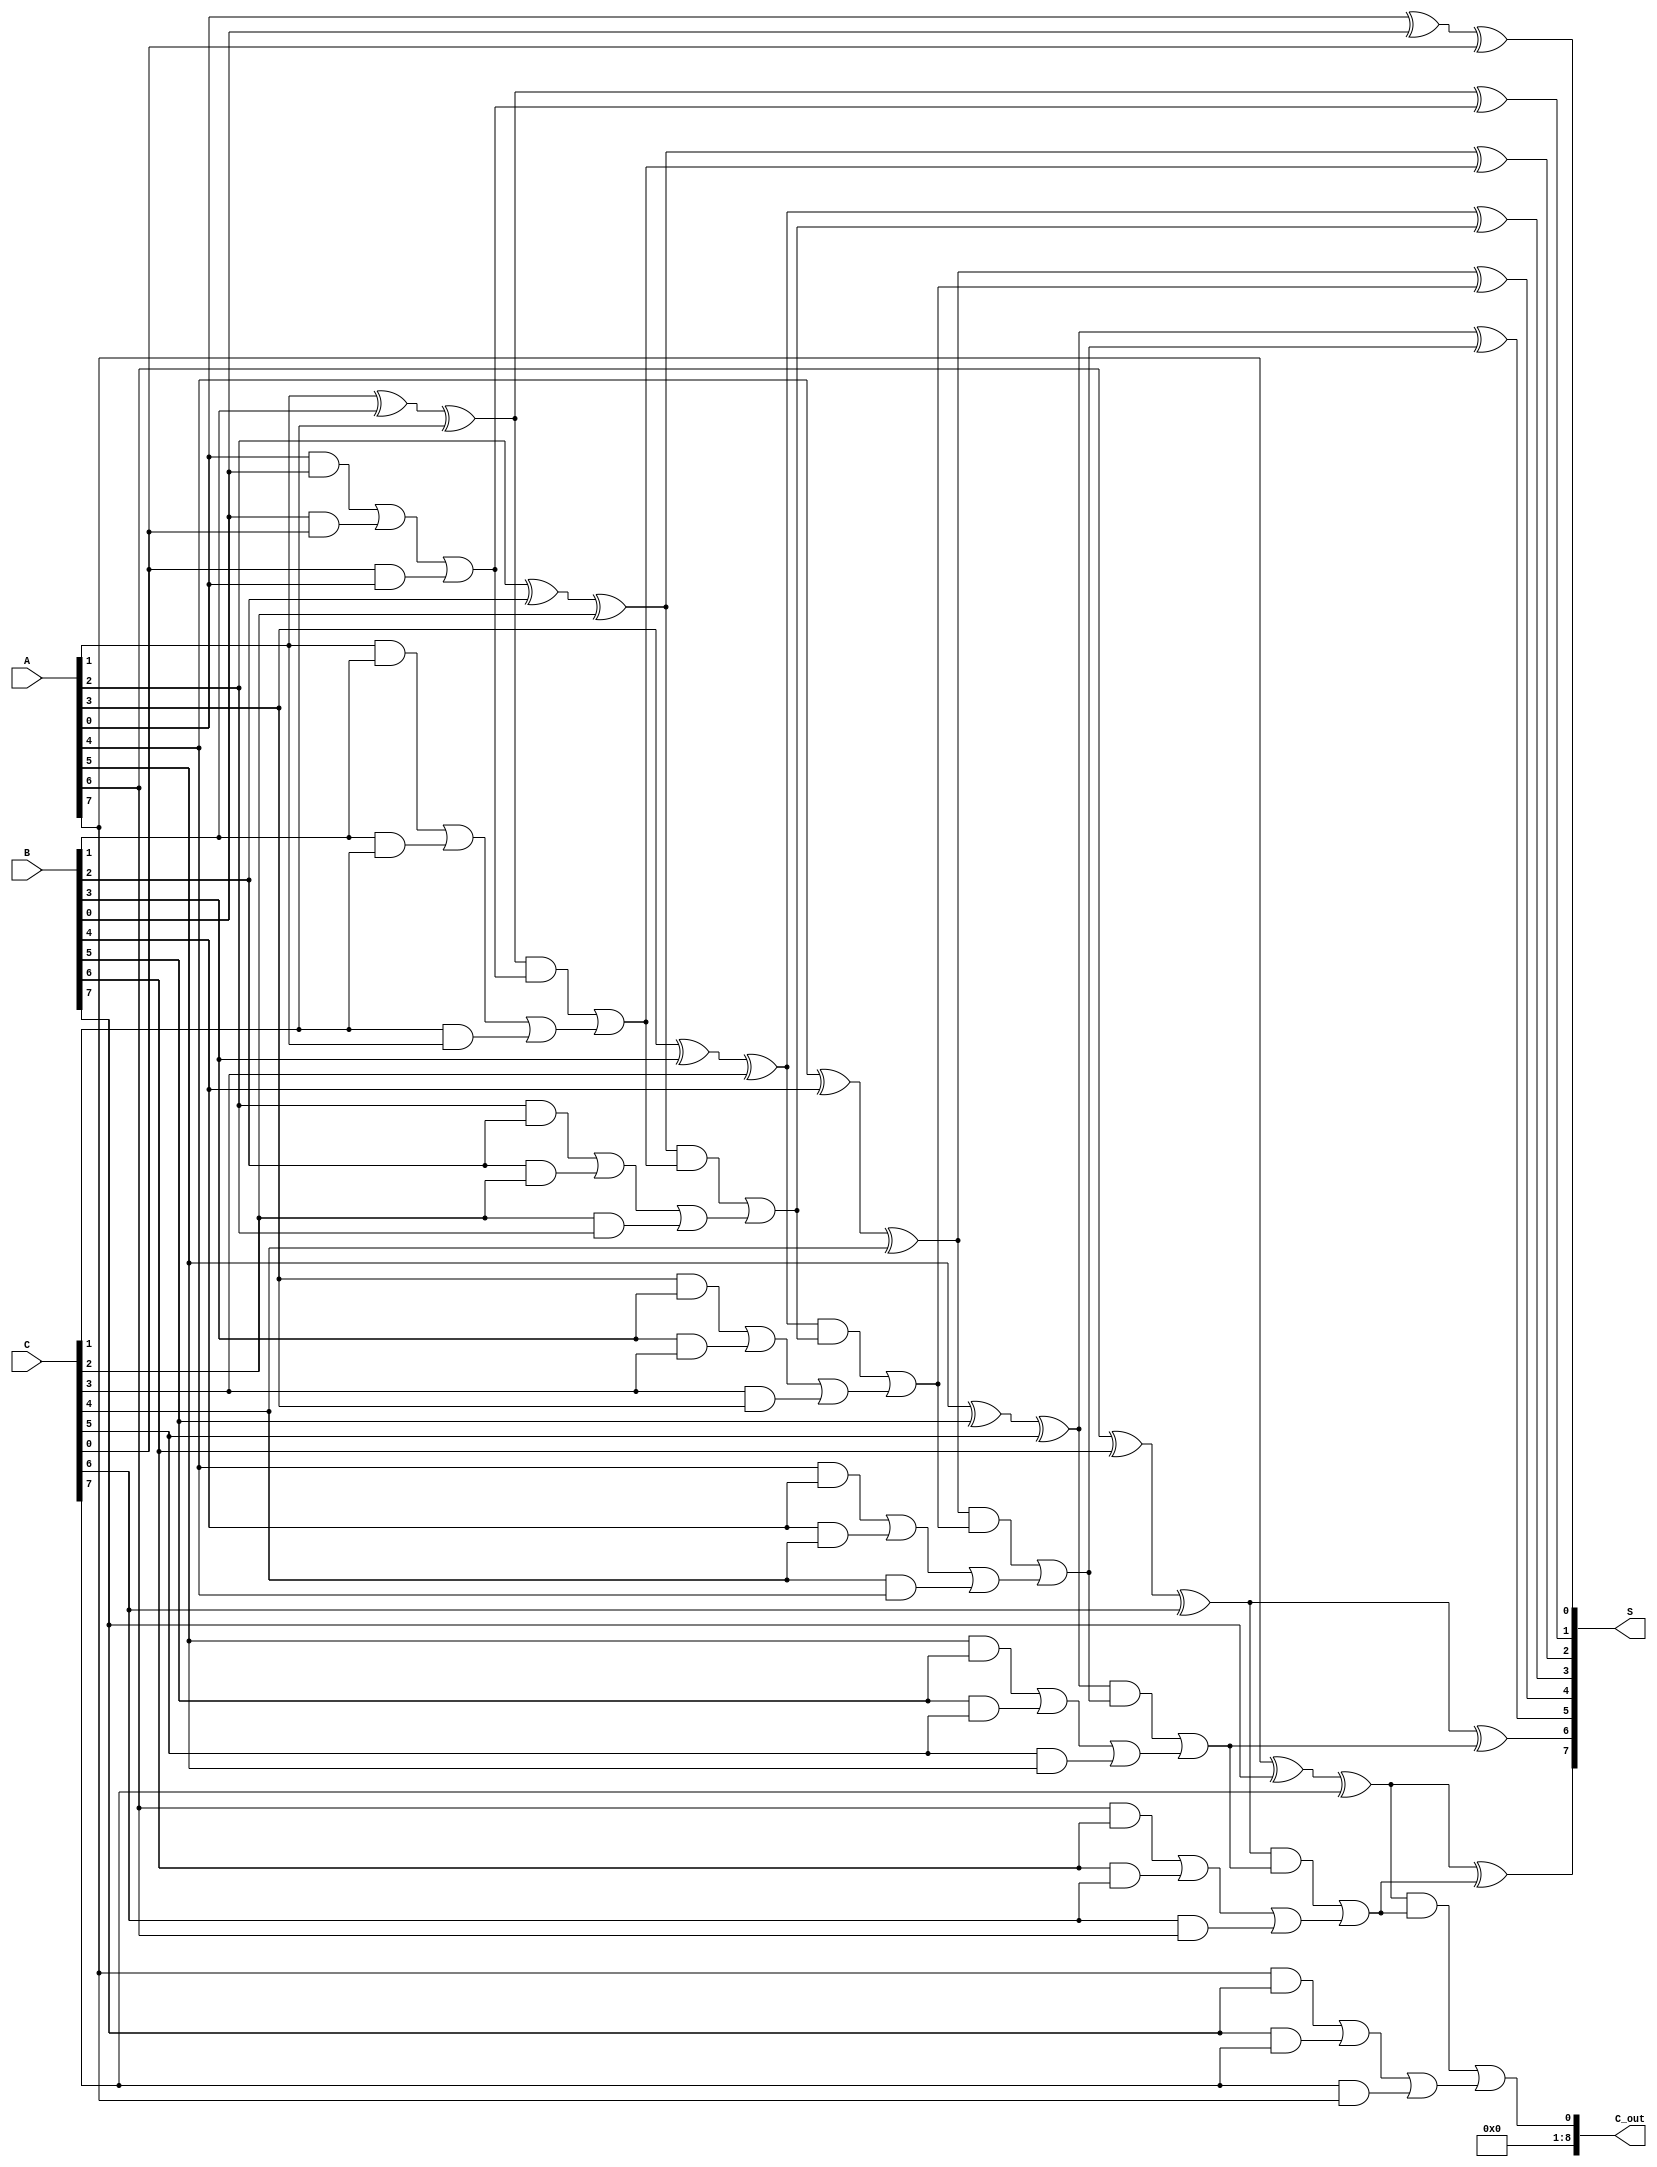
module CarrySaveAdder #(
    parameter n = 8  // Width of the inputs
)(
    input  [n-1:0] A,  // First input
    input  [n-1:0] B,  // Second input
    input  [n-1:0] C,  // Third input
    output [n-1:0] S,  // Sum output
    output [n:0] C_out // Carry output (n+1 bits to accommodate carry)
);

    // Intermediate wires for carry save stage
    wire [n-1:0] S_intermediate; // Intermediate sum
    wire [n-1:0] C_intermediate; // Intermediate carry

    // Carry Save Stage
    genvar i;
    generate
        for (i = 0; i < n; i = i + 1) begin : carry_save_stage
            assign S_intermediate[i] = A[i] ^ B[i] ^ C[i]; // Sum calculation
            assign C_intermediate[i] = (A[i] & B[i]) | (B[i] & C[i]) | (C[i] & A[i]); // Carry calculation
        end
    endgenerate

    // Final Carry Propagation Stage
    wire [n-1:0] final_sum;
    wire [n:0] carry; // Carry for propagation

    // Ripple carry adder for final sum
    assign carry[0] = 0; // Initial carry in is 0
    generate
        for (i = 0; i < n; i = i + 1) begin : carry_propagation
            assign final_sum[i] = S_intermediate[i] ^ carry[i]; // Final sum bit
            assign carry[i+1] = (S_intermediate[i] & carry[i]) | C_intermediate[i]; // Final carry bit
        end
    endgenerate

    // Assign outputs
    assign S = final_sum; // Final sum output
    assign C_out = carry[n]; // Final carry output

endmodule